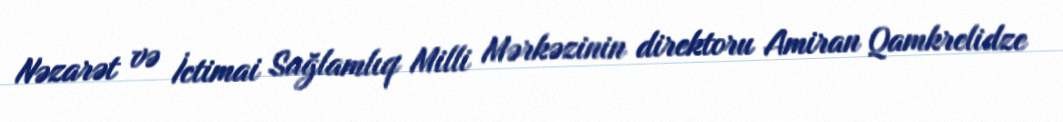
Nəzarət və İctimai Sağlamlıq Milli Mərkəzinin direktoru Amiran Qamkrelidze